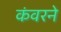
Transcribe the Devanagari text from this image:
कंवरने